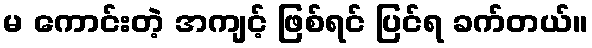
မ ကောင်းတဲ့ အကျင့် ဖြစ်ရင် ပြင်ရ ခက်တယ်။